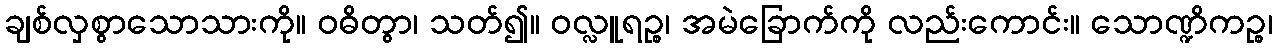
ချစ်လှစွာသောသားကို။ ဝဓိတွာ၊ သတ်၍။ ဝလ္လူရဉ္စ၊ အမဲခြောက်ကို လည်းကောင်း။ သောဏ္ဍိကဉ္စ၊